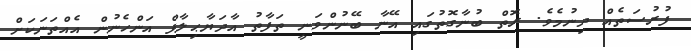
ފުރުސަތެއް ދިނުމެވެ. ރޮތް ބުނާގޮތުގައި އޭނާ ބޭނުންވަނީ ތަފާތު އާދަޔާޙިލާފް އަންހެނުން އެއްތަނަކަށް